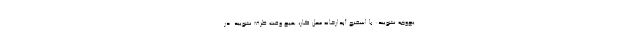
یچ‌وجه نشویید: با اسفنج آبدارخانه محل کار، هیچ وقت ظرف نشویید. در